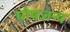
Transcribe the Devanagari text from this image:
पोषजन्य